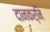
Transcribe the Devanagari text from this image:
दानकर्मि